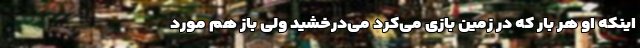
اینکه او هر بار که در زمین بازی می‌کرد می‌درخشید ولی باز هم مورد